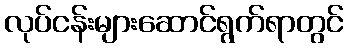
လုပ်ငန်းများဆောင်ရွက်ရာတွင်